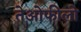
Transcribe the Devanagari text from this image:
तेओफीलो